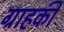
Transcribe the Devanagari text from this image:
ग्राहकी